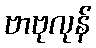
ဗာဗုလုန်